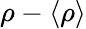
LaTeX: \rho-\langle\rho\rangle